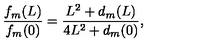
\frac { f _ { m } ( L ) } { f _ { m } ( 0 ) } = \frac { L ^ { 2 } + d _ { m } ( L ) } { 4 L ^ { 2 } + d _ { m } ( 0 ) } ,